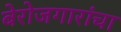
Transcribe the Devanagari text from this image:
बेरोजगारांचा